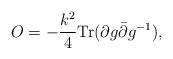
LaTeX: \begin{align*}O=-{k^2\over4}\mbox{Tr}(\partial g\bar\partial g^{-1}),\end{align*}